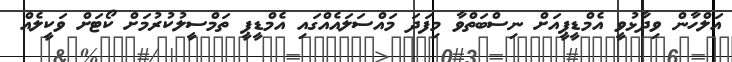
އަލްހާން ވިދާޅުވީ އެމްޑީޕީއަށް ނިސްބަތްވާ މިފަދަ މައްސަލައެއްގައި އެމްޑީޕީ ތަމްސީލުކުރުމަށް ކޯޓަށް ވަކީލެއް